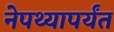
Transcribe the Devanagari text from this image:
नेपथ्यापर्यंत